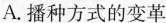
A.播种方式的变革